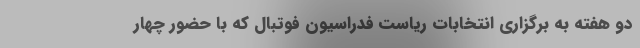
دو هفته به برگزاری انتخابات ریاست فدراسیون فوتبال که با حضور چهار